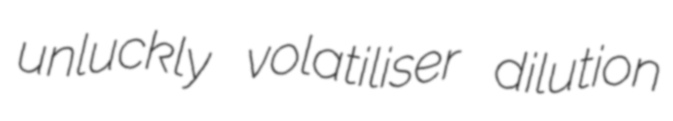
unluckly volatiliser dilution